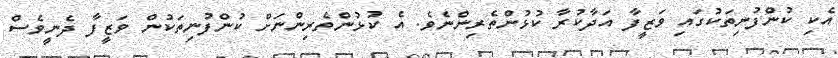
އެކި ކުންފުނިތަކުގައި ވަޒީފާ އަދާކުރާ ކުޅުންތެރިންނެވެ. އެ ކުޅުންތެރިންނަށް ކުންފުނިތަކުން ވަޒީފާ ދެނީވެސް